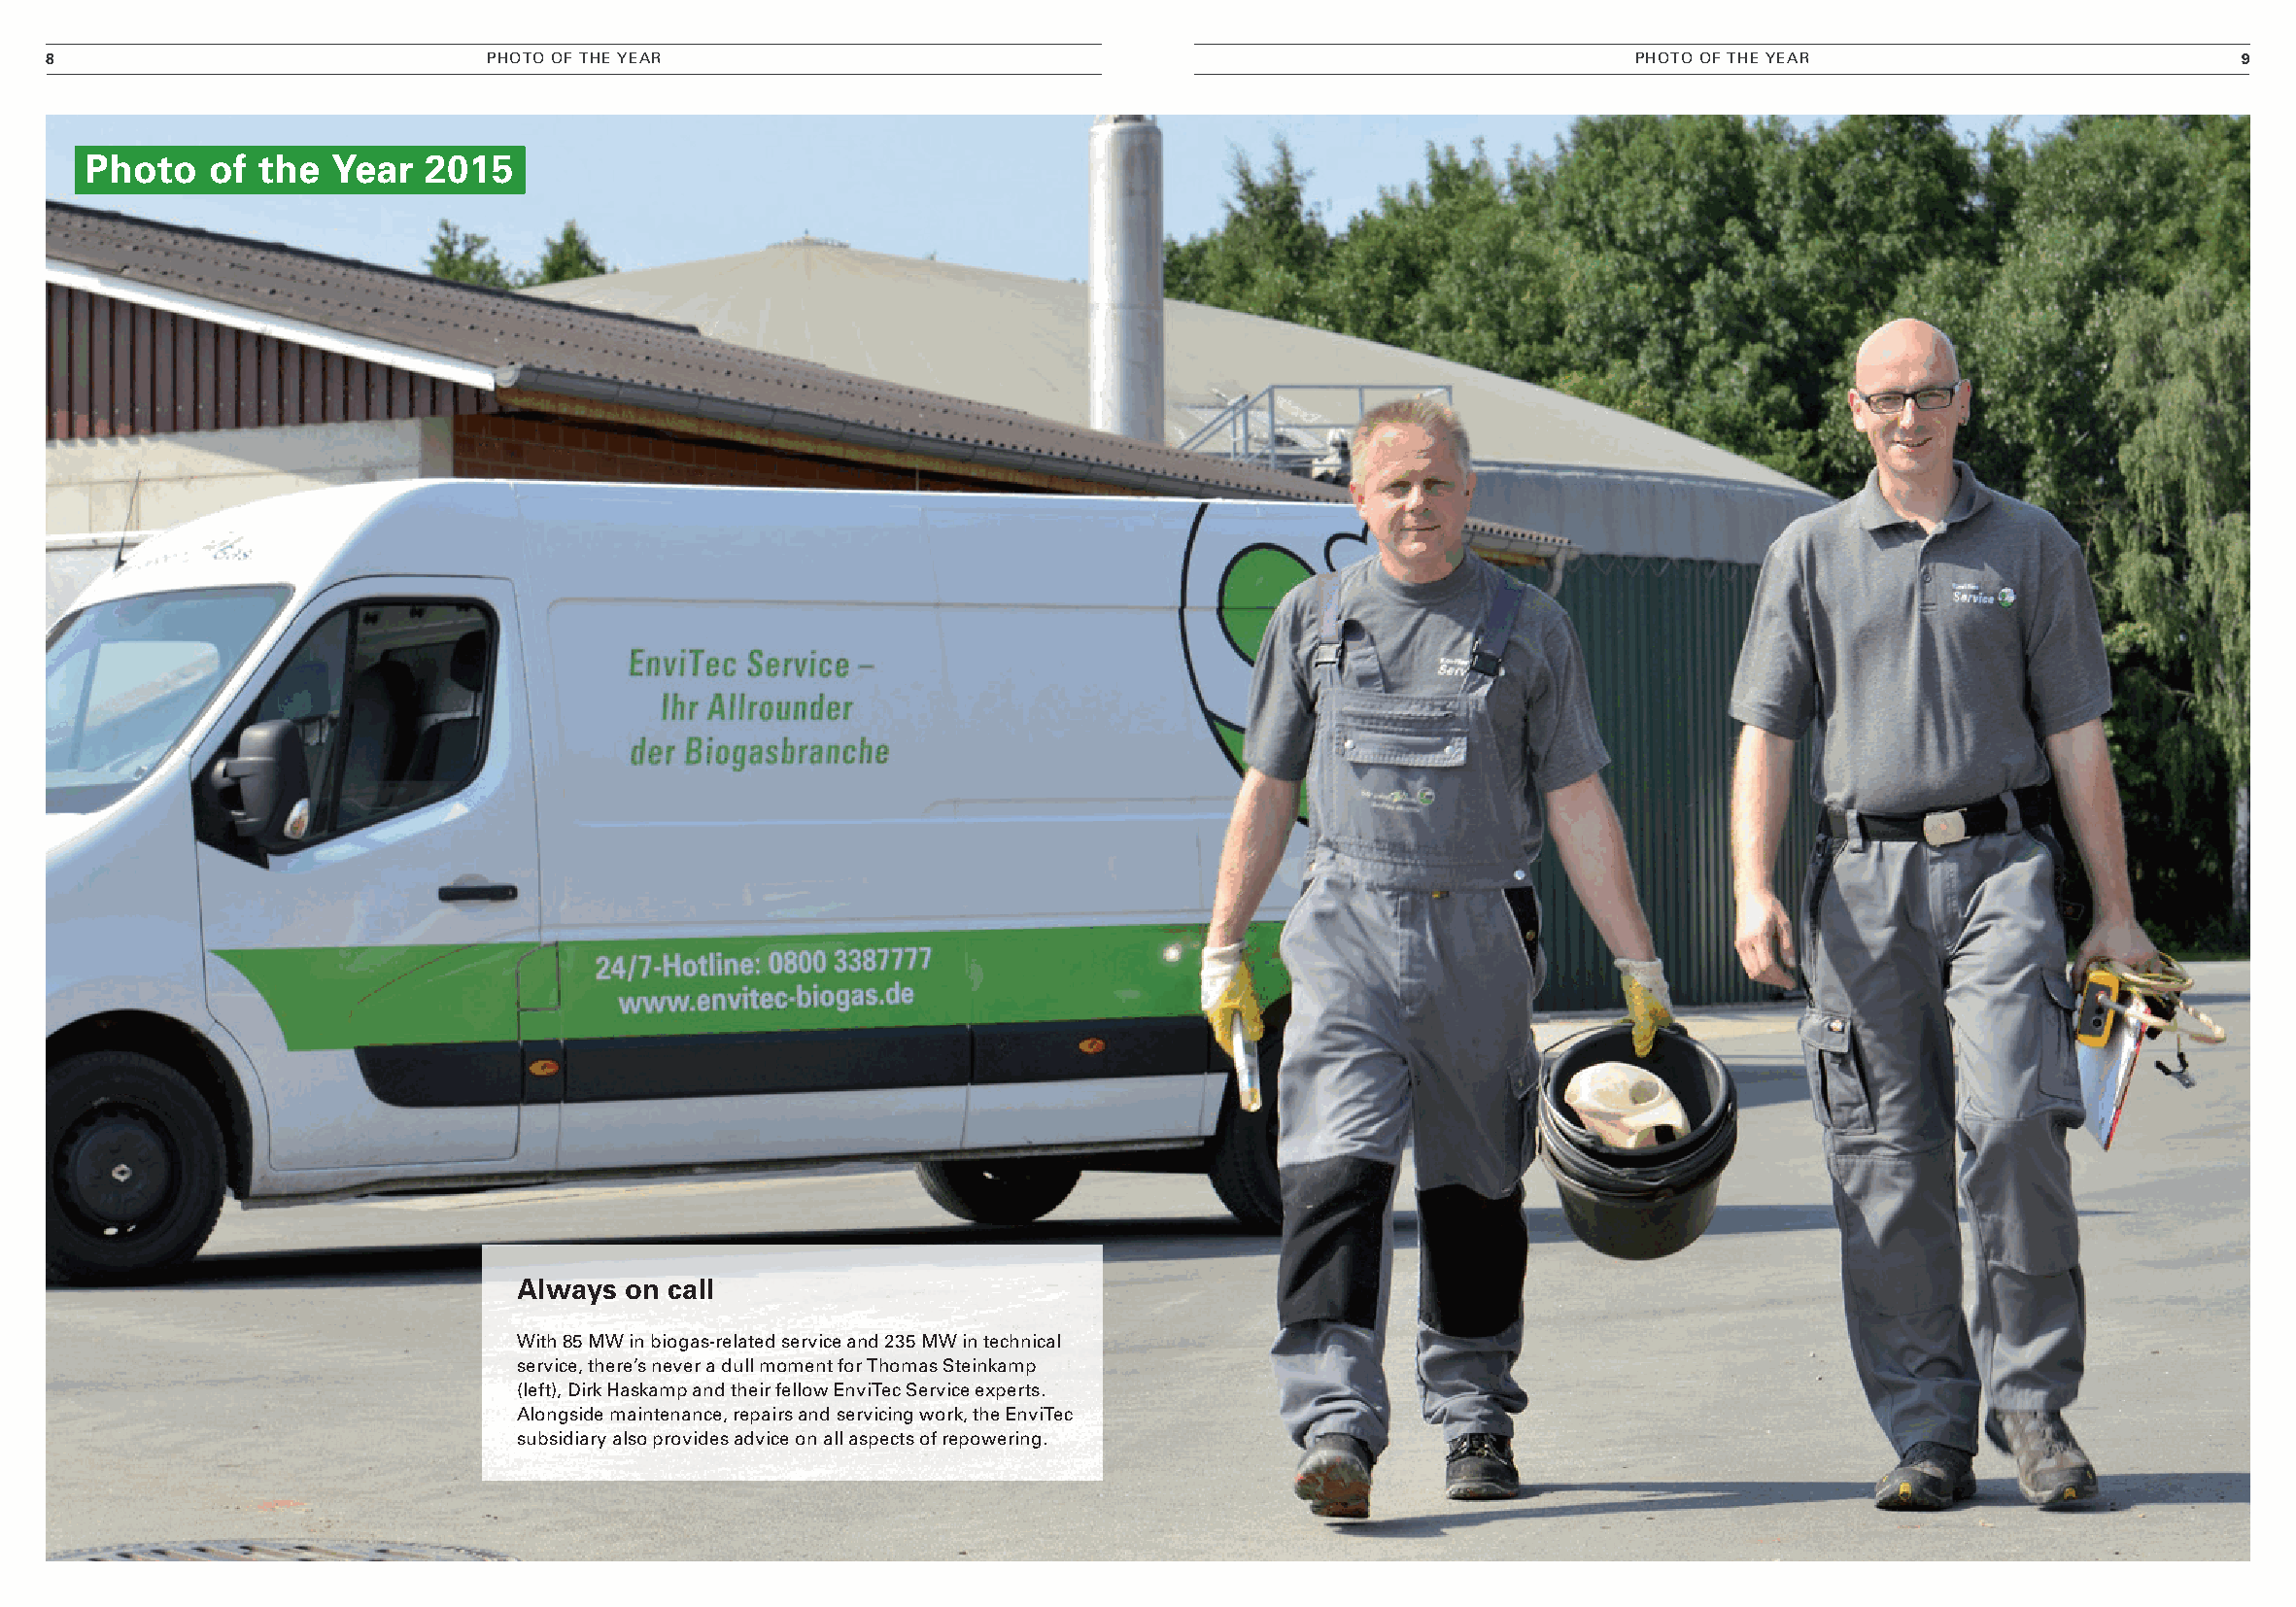
8                             PHoTo oF THE yEAr                                                             PHoTo oF THE yEAr                         9
 Photo   of  the  year  2015
 always  on call
 With 85 MW in biogas-related service and 235 MW in technical
 service, there’s never a dull moment for Thomas Steinkamp
 (left), dirk Haskamp and their fellow EnviTec Service experts.
 Alongside maintenance, repairs and servicing work, the EnviTec
 subsidiary also provides advice on all aspects of repowering.